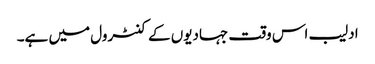
ادلیب اس وقت جہادیوں کے کنٹرول میں ہے۔